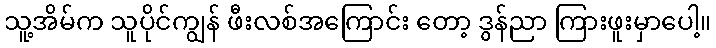
သူ့အိမ်က သူပိုင်ကျွန် ဖီးလစ်အကြောင်း တော့ ဒွန်ညာ ကြားဖူးမှာပေါ့။